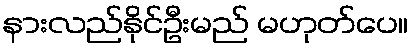
နားလည်နိုင်ဦးမည် မဟုတ်ပေ။